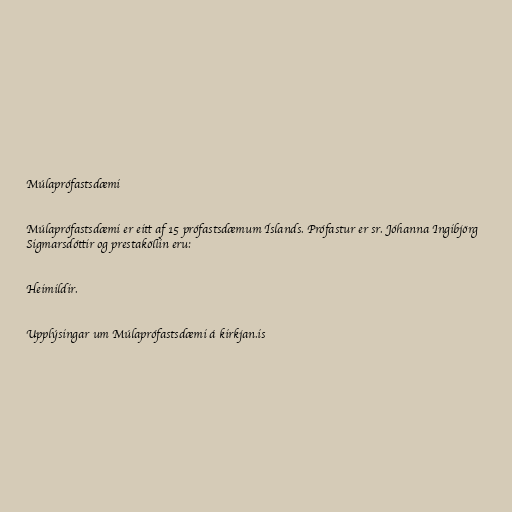
Múlaprófastsdæmi

Múlaprófastsdæmi er eitt af 15 prófastsdæmum Íslands. Prófastur er sr. Jóhanna Ingibjörg
Sigmarsdóttir og prestaköllin eru:

Heimildir.

Upplýsingar um Múlaprófastsdæmi á kirkjan.is